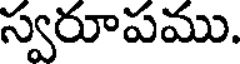
స్వరూపము.